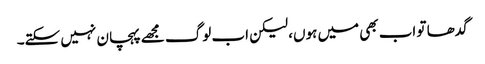
گدھا تو اب بھی میں ہوں، لیکن اب لوگ مجھے پہچان نہیں سکتے۔